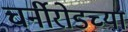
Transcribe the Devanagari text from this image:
चर्नीरोडच्या